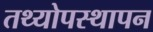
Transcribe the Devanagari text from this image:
तथ्योपस्थापन